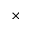
\times